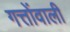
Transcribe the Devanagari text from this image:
गत्तोंवाली